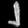
Digit: ၂